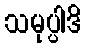
သမုပ္ပါဒိ